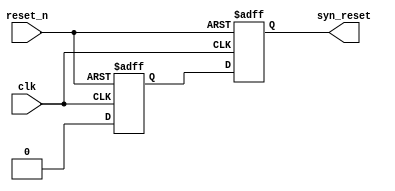


module asyn_rst_syn(
    input clk,          //
    input reset_n,      //
    
    output syn_reset    //
    );
    
//reg define
reg reset_1;
reg reset_2;
    
//*****************************************************
//**                    main code
//***************************************************** 
assign syn_reset  = reset_2;
    
//
always @ (posedge clk or negedge reset_n) begin
    if(!reset_n) begin
        reset_1 <= 1'b1;
        reset_2 <= 1'b1;
    end
    else begin
        reset_1 <= 1'b0;
        reset_2 <= reset_1;
    end
end
    
endmodule